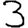
Digit: 3